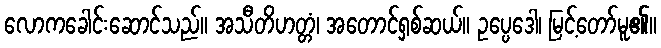
လောကခေါင်းဆောင်သည်။ အသီတိဟတ္တံ၊ အတောင်ရှစ်ဆယ်။ ဥပ္ပေဒေါ၊ မြင့်တော်မူ၏။